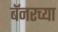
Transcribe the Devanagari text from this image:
बॅनरच्या